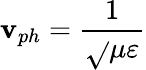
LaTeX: \mathbf{v}_{ph}={\frac{{1}}{{\sqrt{}{{\mu\varepsilon}}}}}